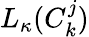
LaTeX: L_{\kappa}(C_{k}^{j})